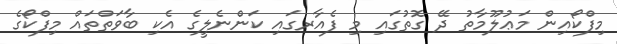
މިފްކޯއިން މަޢުލޫމާތު ދޭ ގޮތުގައި މި ފެއާރގައި ކަންނެލީގެ އެކި ބާވަތްތައް މިފްކޯގެ